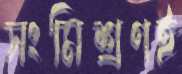
সংমিশ্রণই